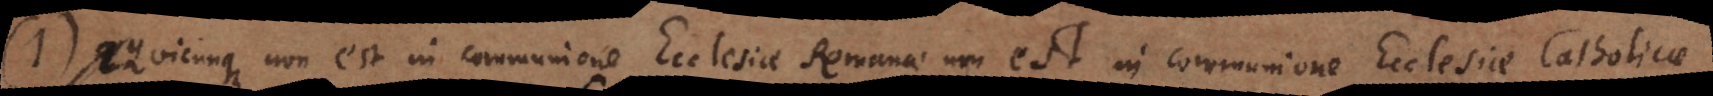
1. Quicunque non est in communione Ecclesiae Romanae non est in communione Eccle